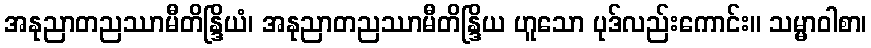
အနုညာတညဿာမီတိန္ဒြိယံ၊ အနုညာတညဿာမီတိန္ဒြိယ ဟူသော ပုဒ်လည်းကောင်း။ သမ္မာဝါစာ၊